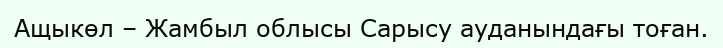
Ащыкөл – Жамбыл облысы Сарысу ауданындағы тоған.